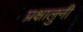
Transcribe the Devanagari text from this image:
प्रक्षालुनी